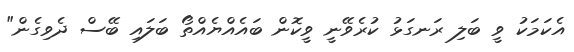
އެކަމަކު ވީ ބަލި ރަނގަޅު ކުރެވޭނީ ވީކޮން ބައެއްޔެއްތޯ ބަލައި ބޭސް ދެވިގެން"